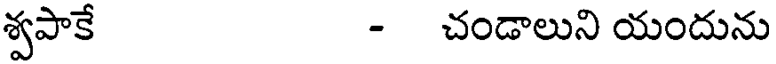
శ్వపాకే - చండాలుని యందును